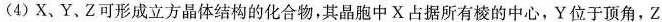
(4)X、Y、Z可形成立方晶体结构的化合物，其晶胞中X占据所有棱的中心，Y位于顶角，Z